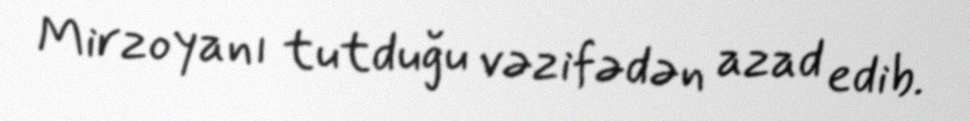
Mirzoyanı tutduğu vəzifədən azad edib.